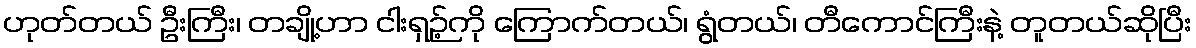
ဟုတ်တယ် ဦးကြီး၊ တချို့ဟာ ငါးရှဉ့်ကို ကြောက်တယ်၊ ရွံတယ်၊ တီကောင်ကြီးနဲ့ တူတယ်ဆိုပြီး